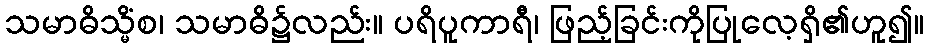
သမာဓိသ္မိံစ၊ သမာဓိ၌လည်း။ ပရိပူကာရီ၊ ဖြည့်ခြင်းကိုပြုလေ့ရှိ၏ဟူ၍။